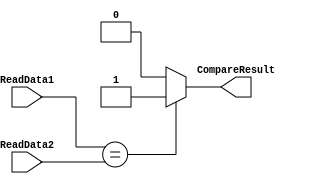
`timescale 1ns/1ns
module BranchComparator(input [31:0] ReadData1, ReadData2, output CompareResult);
  assign CompareResult = ( ReadData1 == ReadData2 ) ? 1 : 0; // NOTICE: for bne we should use not(output) !!!
endmodule